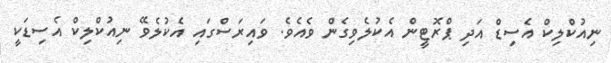
ނިއުކްލިކް އެސިޑް އަދި ޕްރޮޓީން އެކުލެވިގެން ވެއެވެ. ވައިރަސްގައި އެކުލެވޭ ނިއުކްލިކް އެސިޑަކީ